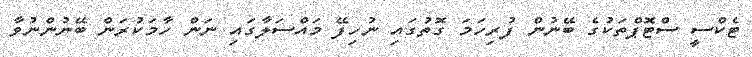
ޓެކްސީ ސްޓޮޕްތަކުގެ ބޭނުން ފުރިހަމަ ގޮތުގައި ނުހިފޭ މައްސަލާގައި ނަން ހާމަކުރަން ބޭނުންނުވާ